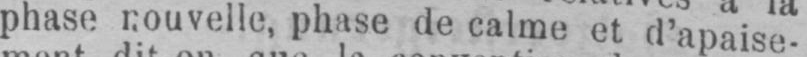
phase nouvelle, phase de calme et d’apaise-